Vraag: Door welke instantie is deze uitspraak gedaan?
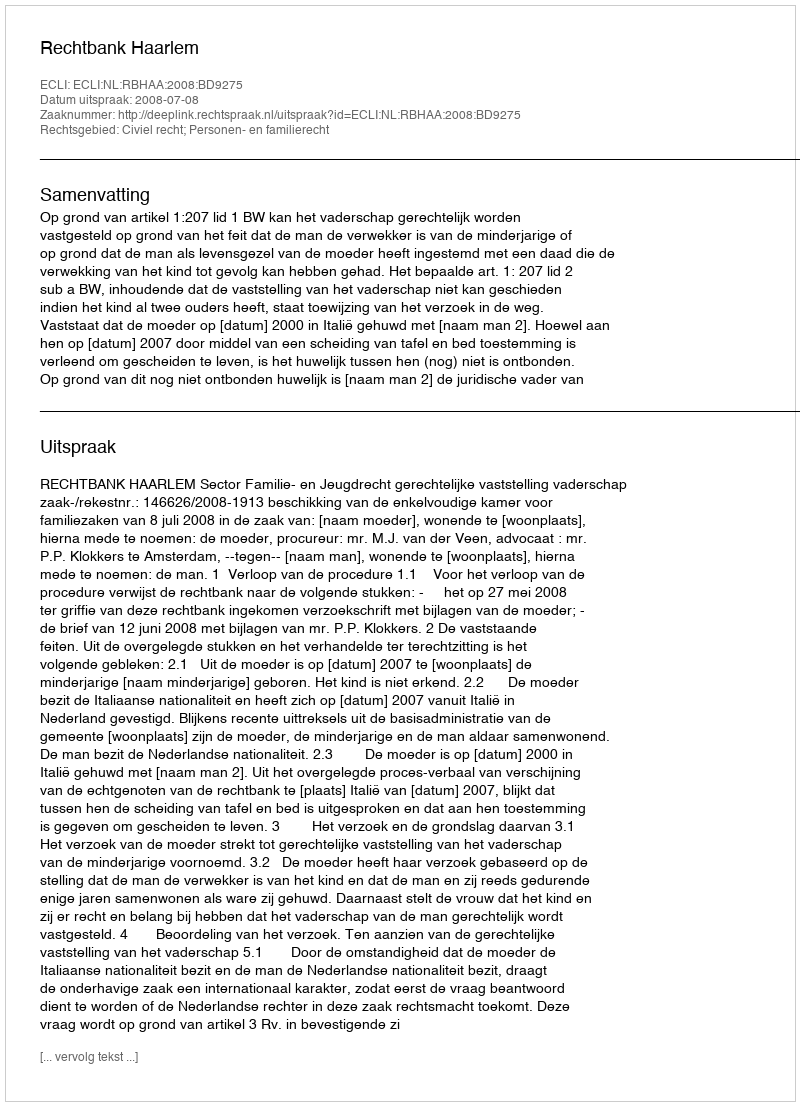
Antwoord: Rechtbank Haarlem